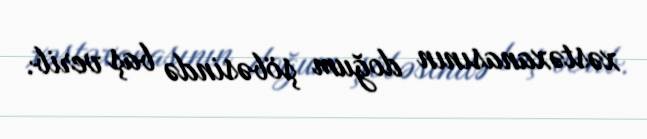
xəstəxanasının doğum şöbəsində baş verib.